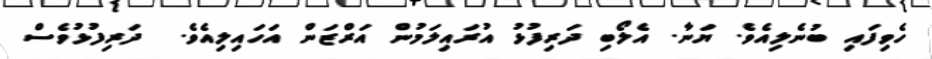
ހެވިފައި ބުނެލިއެވެ. ޔަނާ. އެލޯބި ދަރިފުޅު އުރައިލަމުން އަރްޒަން އަހައިލިއެވެ.  ދަރިފުޅުވެސް